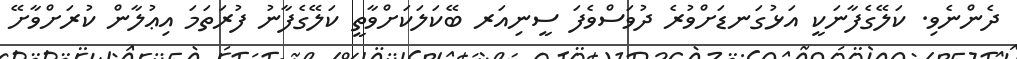
ދެންނެވި. ކަލޭގެފާނަކީ އަޅުގަނޑަށްވުރެ ދުވަސްވެފަ ސީނިއަރ ބޭކަލަކަށްވާތީ ކަލޭގެފާނު ފުރަތަމަ އިޢުލާން ކުރަށްވާށޭ